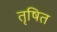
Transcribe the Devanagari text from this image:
तृषित